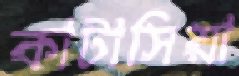
কাটাসিয়া